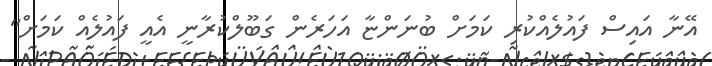
އޭނާ އައިސް ފައުލެއްކުރި ކަމަށް ބުނަންޏާ އަހަރެން ގަބޫލްކުރާނީ އެއީ ފައުލެއް ކަމަށް"